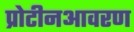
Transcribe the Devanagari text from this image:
प्रोटीनआवरण